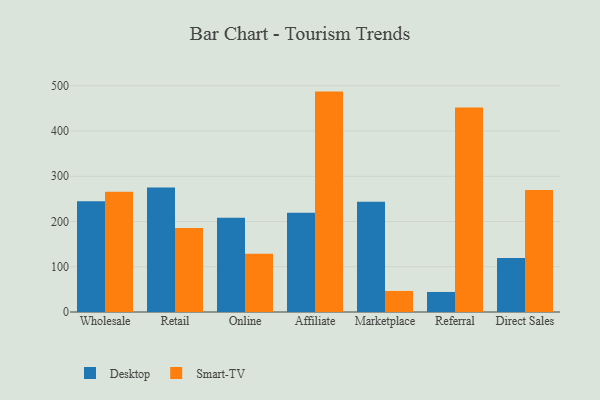
{"axis": {"x": "Channel", "y": "Revenue (USD Million)"}, "legend": ["Desktop", "Smart-TV"], "data": [{"x": "Wholesale", "y": 244.9, "type": "Desktop"}, {"x": "Wholesale", "y": 265.8, "type": "Smart-TV"}, {"x": "Retail", "y": 275.4, "type": "Desktop"}, {"x": "Retail", "y": 185.8, "type": "Smart-TV"}, {"x": "Online", "y": 208.5, "type": "Desktop"}, {"x": "Online", "y": 128.9, "type": "Smart-TV"}, {"x": "Affiliate", "y": 219.5, "type": "Desktop"}, {"x": "Affiliate", "y": 487.2, "type": "Smart-TV"}, {"x": "Marketplace", "y": 243.5, "type": "Desktop"}, {"x": "Marketplace", "y": 46.5, "type": "Smart-TV"}, {"x": "Referral", "y": 44.3, "type": "Desktop"}, {"x": "Referral", "y": 451.9, "type": "Smart-TV"}, {"x": "Direct Sales", "y": 119.2, "type": "Desktop"}, {"x": "Direct Sales", "y": 269.8, "type": "Smart-TV"}]}